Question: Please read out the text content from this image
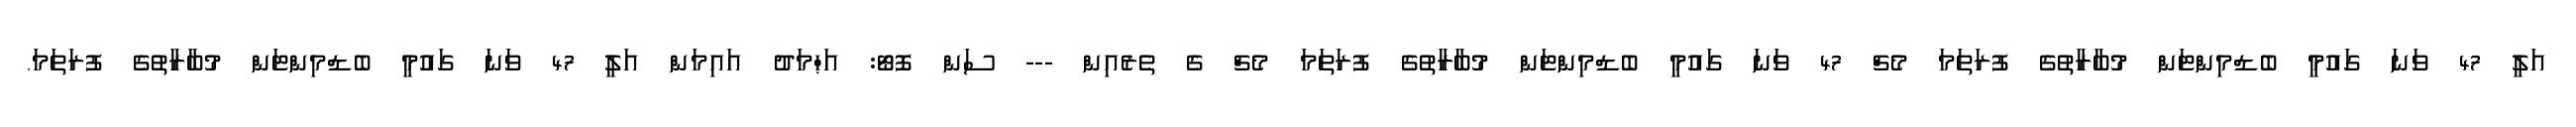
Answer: އަލީ 47 ވަނަ ގައުމީ ބެޑްމިންޓަން މުބާރާތުގެ ފުރަތަމަ މެޗް 47 ވަނަ ގައުމީ ބެޑްމިންޓަން މުބާރާތުގެ ފުރަތަމަ މެޗް ގެ ތެރެއިން --- ސަން ފޮޓޯ: އަޙްމަދު އައިމަން އަލީ 47 ވަނަ ގައުމީ ބެޑްމިންޓަން މުބާރާތުގެ ފުރަތަމަ.